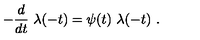
- { \frac { d } { d t } } \ \lambda ( - t ) = \psi ( t ) \ \lambda ( - t ) \ .